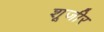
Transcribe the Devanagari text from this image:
शूजीर